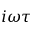
i \omega \tau